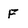
Character: F